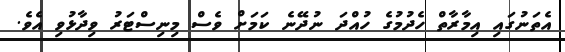
އެތަނުގައި އިމާރާތް ހެދުމުގެ ހުއްދަ ނުދޭނެ ކަމަށް ވެސް މިނިސްޓަރު ވިދާޅުވި އެވެ.